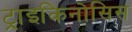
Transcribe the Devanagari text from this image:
ट्राइकिनोसिस